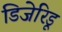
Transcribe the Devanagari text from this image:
डिजेरिडू